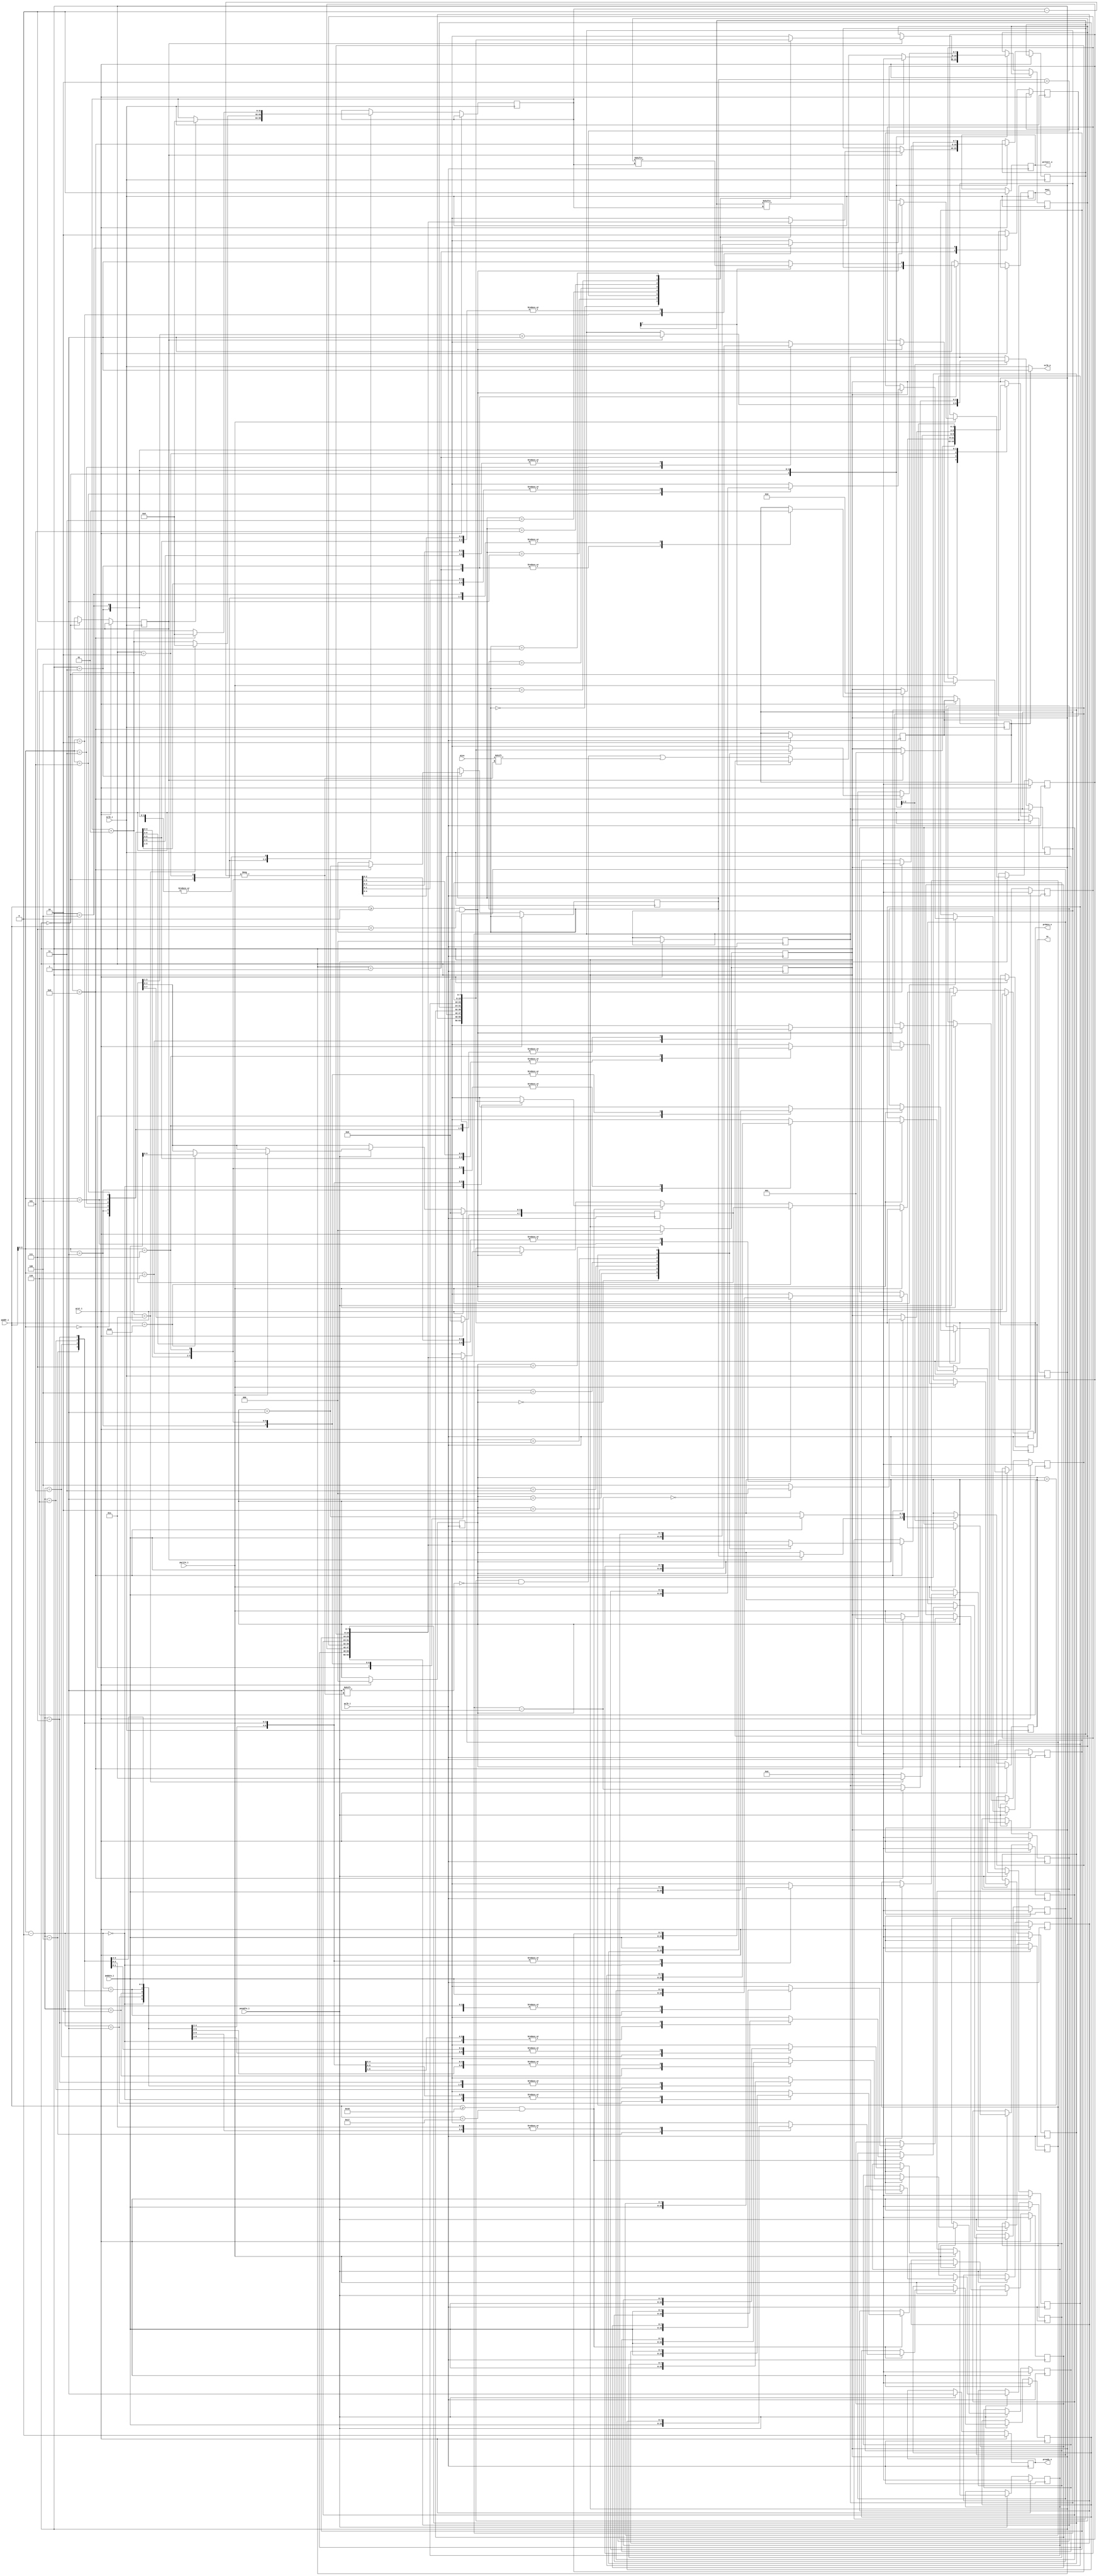
module spi_controller(
//processor
pclk_i, prst_i, paddr_i, pwdata_i, prdata_o, pwrite_i, penable_i, pready_o, pslverr_o, 

//SPI signals

sclk_i, sclk_o, miso,mosi,ss);
parameter MAX_TRANSFER=8;
parameter NO_SLAVE=4;
parameter WR =1;
parameter RD =0;
parameter S_IDLE=3'b000;
parameter S_ADDR=3'b001;
parameter S_IDLE_BW_ADDR_AND_DATA=3'b010;
parameter S_DATA=3'b011;
parameter S_IDLE_TRANSFER_PENDING=3'b100;

//parameter S_ERROR=3'b100;
//parameter S_NO_INTR=3'b000;

input pclk_i,prst_i,penable_i,pwrite_i;
input [7:0] paddr_i;
input [7:0] pwdata_i;
output reg [7:0] prdata_o;
output reg pready_o;
output reg pslverr_o;
input sclk_i;
output reg sclk_o;
input miso;
output reg mosi;
integer count;
output reg [NO_SLAVE-1:0] ss;

reg sclk_gated_f;
reg [2:0] num_tfrs;
reg [2:0] last_tfrs_idx;

reg [7:0] addr_regA[MAX_TRANSFER-1:0]; // reg to store addr for 8 tranfer here addr will be from 0 to MAX_TRANSFER-1(7), 8 to 15 are reserved
reg [7:0] data_regA[MAX_TRANSFER-1:0];// reg for 8 data_regA , from 8'h10 to 8'h10+MAX_TRANSFER-1(23), 23 to 31 are reserved
reg [7:0] ctrl_regA; //to controll and store information regardin tranfer and pending and last tranfer at 32 location
reg [7:0] addr_t, data_t;
reg [2:0] state, next_state;
integer i;

always @(next_state) begin //this block always used in state machine to make next state as curretn state
	state = next_state;
end

//two process
//programing register
always @(posedge pclk_i) begin
	if (prst_i == 1) begin
		prdata_o = 0;
		pready_o = 0;
		pslverr_o = 0;
		//mosi = 1;
		ss = 0;
		sclk_gated_f = 1;
		num_tfrs = 0;
		last_tfrs_idx = 0;
		for(i = 0; i < MAX_TRANSFER; i=i+1) begin
			addr_regA[i] = 0;
			data_regA[i] = 0;
		end
		ctrl_regA = 0;
		state = S_IDLE;
		next_state = S_IDLE;
	end
	else begin
	if(penable_i == 1) begin //enable is given by processor 
		pready_o = 1; //INTC say ready
			if (pwrite_i == 1) begin //pwrite_i =1 for write and 0 for read
				if (paddr_i >= 8'h00 && paddr_i < 8'h00+MAX_TRANSFER-1) begin 
					addr_regA[paddr_i] = pwdata_i;
				end
				if (paddr_i >= 8'h10 && paddr_i < 8'h10+MAX_TRANSFER-1) begin 
					data_regA[paddr_i-16] = pwdata_i;
				end
				if (paddr_i == 8'h20) begin
					ctrl_regA[3:0] = pwdata_i[3:0];  // 7 to 4 are external 
				end
			end
			else begin
			if (paddr_i >= 8'h00 && paddr_i < 8'h00+MAX_TRANSFER-1) begin 
				prdata_o = addr_regA[paddr_i];
			end
			if (paddr_i >= 8'h10 && paddr_i < 8'h10+MAX_TRANSFER-1) begin 
				prdata_o = data_regA[paddr_i-16];
			end
			if (paddr_i == 8'h20) begin
				prdata_o = ctrl_regA;
			end
			end
	end
end
end
//SPI timing diagram implementation

//ctrl_regA[0] indicate whent to start tranfer 
//ctrl_regA [3:1] indicate how many tranfer to do(0 to 7 +1 mean 1 to 8 )(+1 mapping ,mean if its 3, do 4 tranfer)
//ctrl_regA [6:4] indicate last transfer status and which are pending, current position
//ctrl_regA[7] indicate status , error or anything else . 

always @(posedge sclk_i) begin
	if (prst_i == 0) begin
		mosi = 1;
		case(state)
			S_IDLE : begin
				sclk_gated_f = 1;
				mosi = 1;
				if(ctrl_regA[0] == 1) begin // controll reg LSB say when transition will start
					next_state = S_ADDR;
					count = 0;
					num_tfrs = ctrl_regA[3:1] +1;
					last_tfrs_idx = ctrl_regA[6:4];
					addr_t = addr_regA[last_tfrs_idx];// addr to drive
					data_t = data_regA[last_tfrs_idx];//data to drive or collect
					ctrl_regA[0] = 0;
				end
			end
	
			S_ADDR : begin
				sclk_gated_f = 0;
				mosi = addr_t[count];//LSB first
				ss[0] = 1;
				count = count + 1;
				if (count == 8) begin
					next_state = S_IDLE_BW_ADDR_AND_DATA;
					count = 0;
				end
			//$display("addr_t = %h",addr_t);
			end
	
			S_IDLE_BW_ADDR_AND_DATA : begin
				sclk_gated_f = 1;
				mosi = 1;
				count = count + 1; //if 4 clock cycle ideal time for addr and data
				if (count == 3) begin
					next_state = S_DATA;
					count = 0;
				end
			end
	
			S_DATA : begin
				sclk_gated_f = 0;
				if (addr_t[7] == WR) begin// i find error here addr_regA wrriten instead of addr_t
					mosi = data_t[count];
		//WR = 0 ;
				end
				else begin
					data_t[count] = miso;
				end
				count = count+1;
				if (count == 8) begin
					count = 0;
					num_tfrs = num_tfrs - 1;
					last_tfrs_idx = last_tfrs_idx +1;
					ctrl_regA[6:4] = last_tfrs_idx;
					addr_t = 0; // if this line is not written, when u run after some time, it will run from start but we want to start from where it left. 
					data_t = 0;
					if (num_tfrs == 0) begin
						next_state = S_IDLE;
					end
					else begin
						next_state = S_IDLE_TRANSFER_PENDING;
					end
				end
		//$display("data_t = %h",data_t);
			end 
 
	
			S_IDLE_TRANSFER_PENDING : begin
				ss[0] = 0;
				mosi = 1;
				sclk_gated_f = 1;
				count = count + 1; //if 4 clock cycle ideal time for addr and data
				if (count == 8) begin
					next_state = S_ADDR;
					addr_t = addr_regA[last_tfrs_idx];// addr to drive
					data_t = data_regA[last_tfrs_idx];
					count = 0;
				end
			end
		endcase
	end
end

always @(sclk_i) begin
	if (sclk_gated_f == 1) sclk_o = 1;
	else sclk_o = sclk_i;
end

endmodule